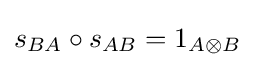
s_{BA}\circ s_{AB}=1_{A\otimes B}